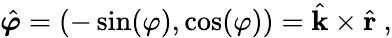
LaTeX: {\hat{\boldsymbol{\varphi}}}=(-\sin(\varphi),\cos(\varphi))={\hat{\mathbf{k}}}\times{\hat{\mathbf{r}}}\ ,